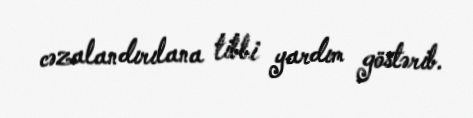
cəzalandırılana tibbi yardım göstərib.